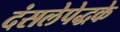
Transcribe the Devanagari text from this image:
दंसलेपेद्धके